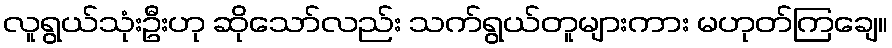
လူရွယ်သုံးဦးဟု ဆိုသော်လည်း သက်ရွယ်တူများကား မဟုတ်ကြချေ။